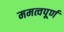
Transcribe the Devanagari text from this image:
ममत्वपूर्ण